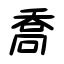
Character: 喬